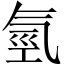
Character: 氫